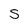
Character: S